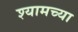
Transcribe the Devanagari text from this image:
श्यामच्या